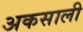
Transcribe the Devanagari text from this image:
अकसाली